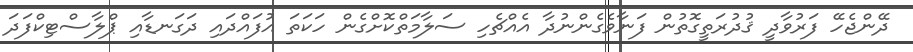
ދޭންޖެހޭ ފަރުވާދީ ޤުދުރަތީގޮތުން ފަނާވެގެންނުދާ އެއްޗެހި ސަލާމަތްކޮށްގެން ހަކަތަ އުފައްދައި ދަގަނޑާއި ޕްލާސްޓިކްފަދަ